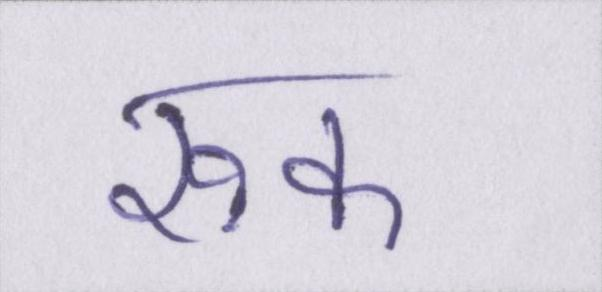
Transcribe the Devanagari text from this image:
रूक